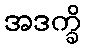
အဒက္ခိ